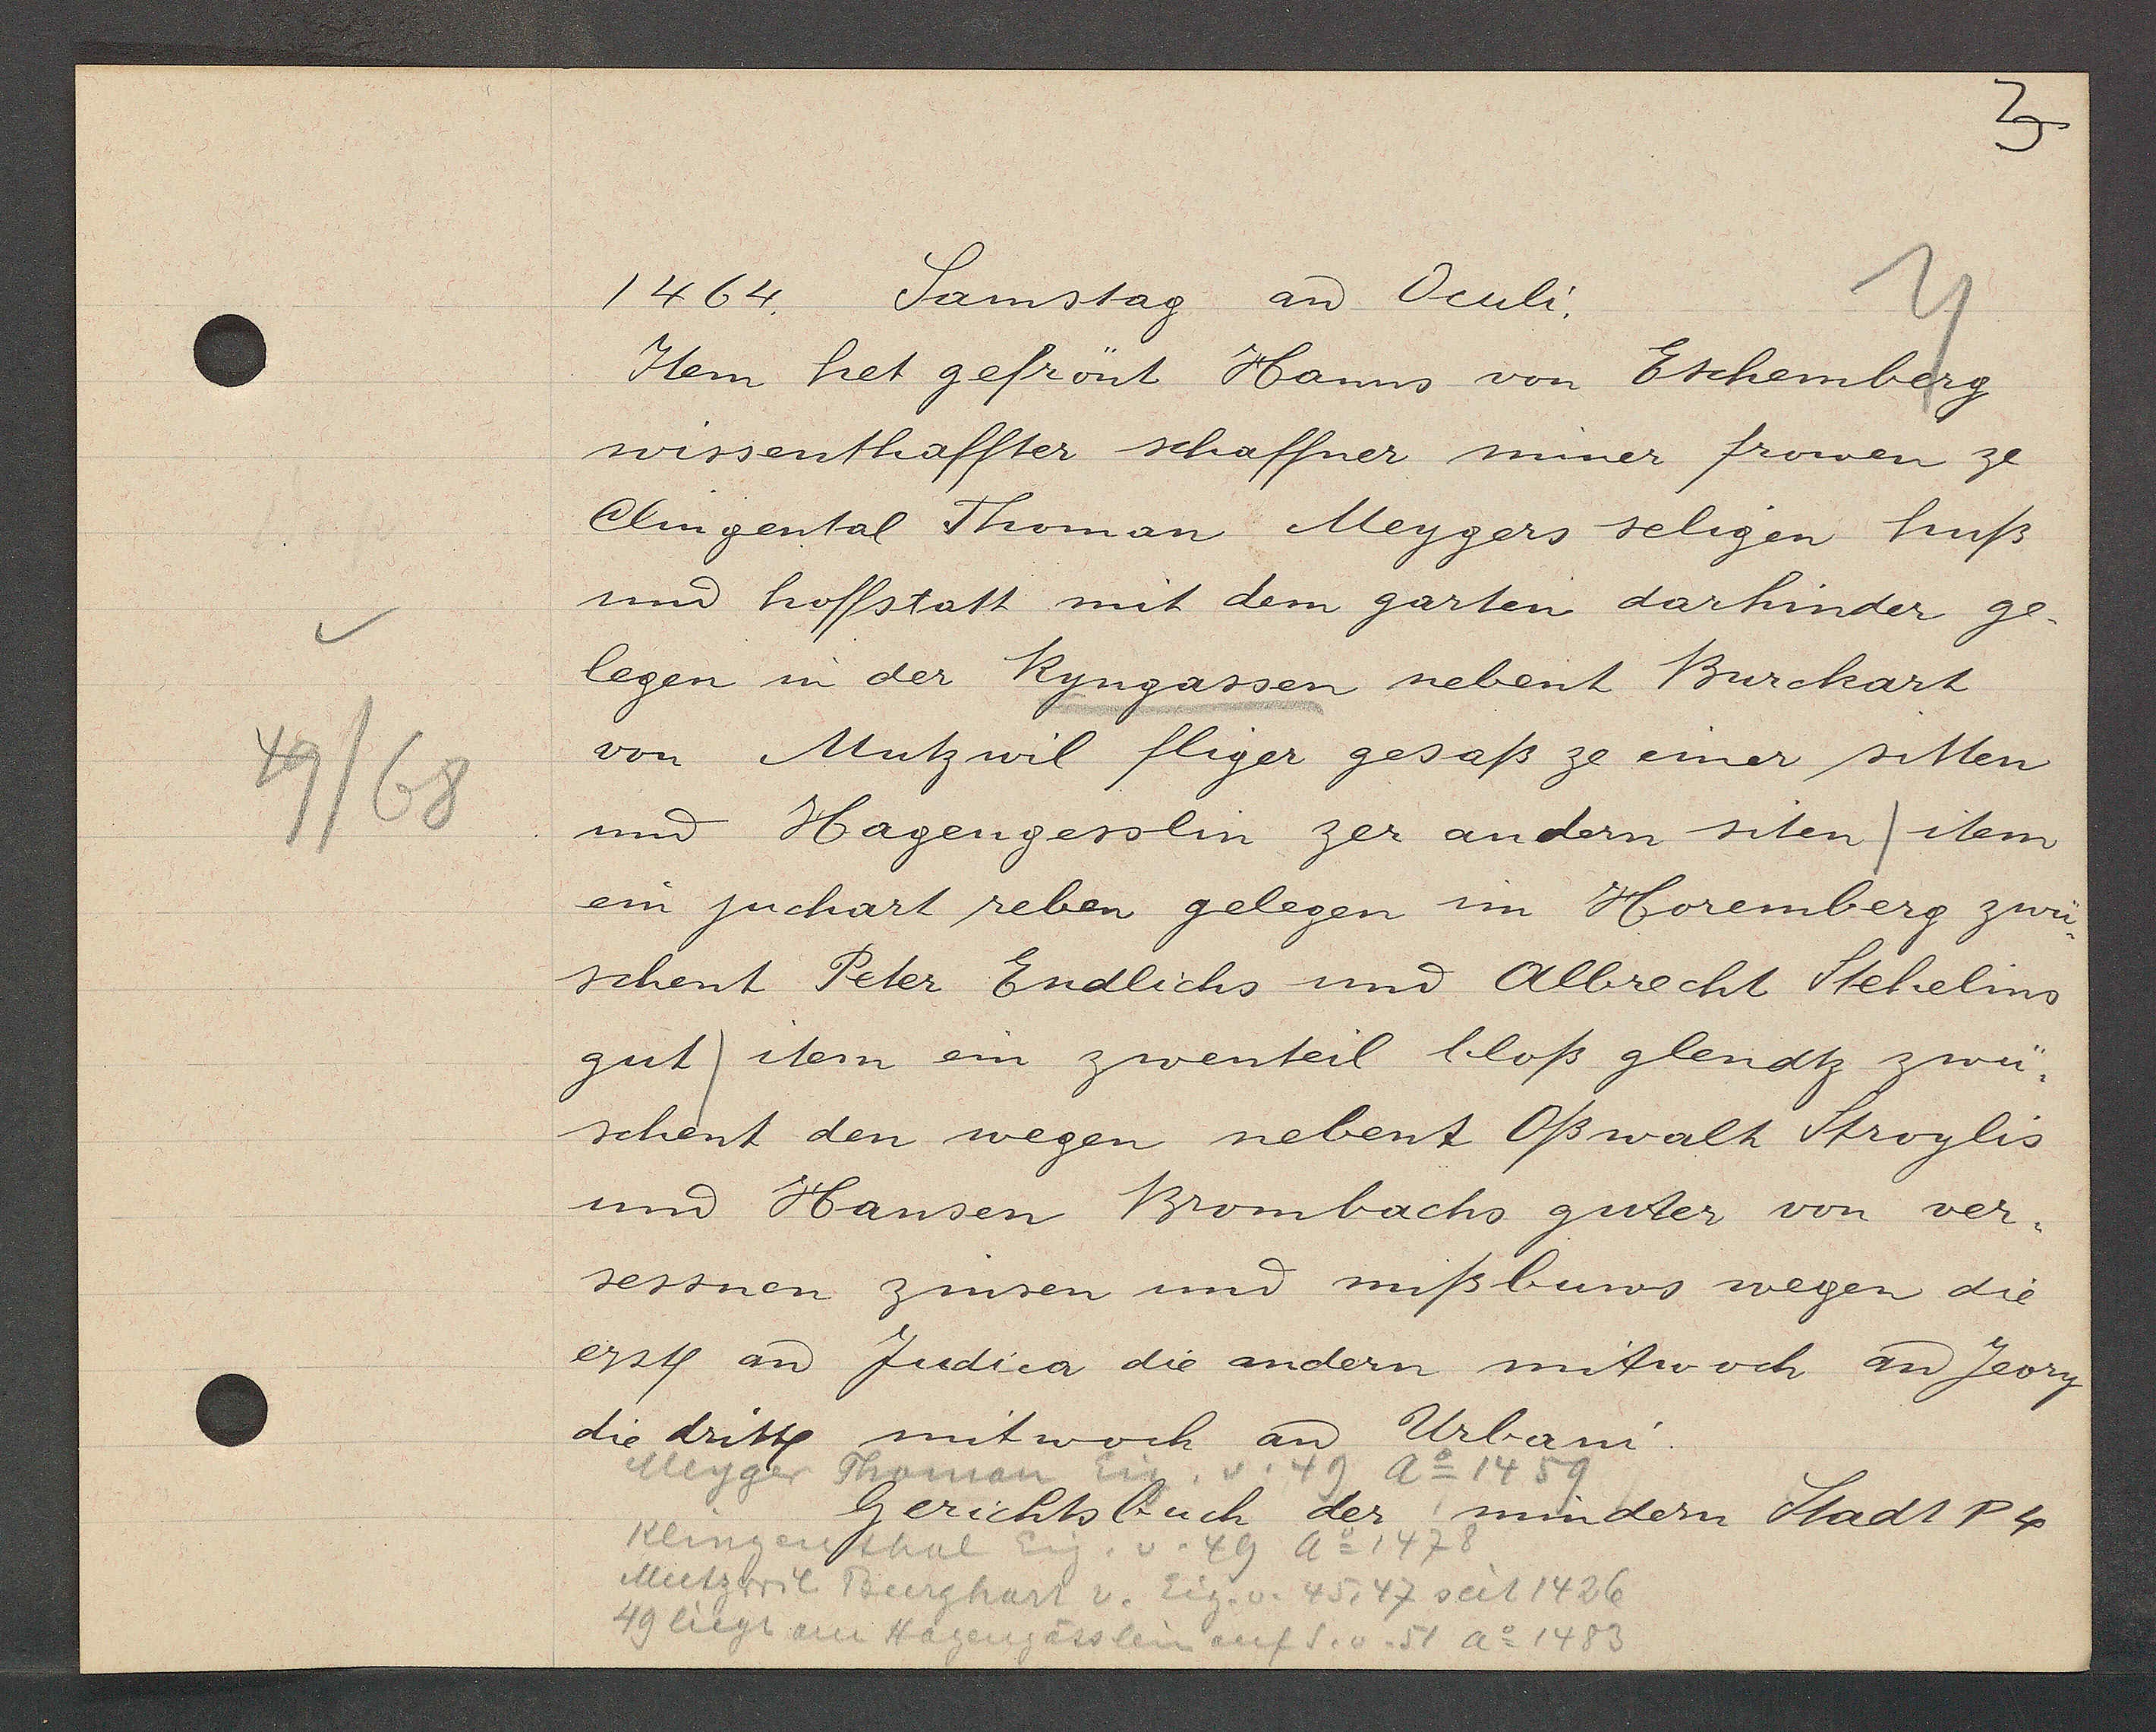
Transcript:
49/68

1464. Samstag aȵ Oculi.

Item het gefrönt Hanns von Eschemberg
wissenthaffter schaffner miner frowen ze
Clingental Thoman Meygers seligen huß
und hoffstatt mit dem garten darhinder ge-
legen in der Ryngassen nebent Burckart
von Mutzwil fliger gesaß ze einer sitten
und Hagengesslin zer andern siten /item
ein juchart reben gelegen im Horemberg zwü-
schent Peter Endlichs und Albrecht Stehelins
gut item ein zwenteil bloß glendtz zwü
schent den wegen nebent Oßwalt Stroylis
und Hansen Brombachs guter von ver¬
sessnen zinsen und mißbuws wegen die
erst. aȵ Judica die andern mitwoch aȵ jeory
die dritte mitwoch aȵ Urbani.

Meyger Thoman Eig. v. 49
Ao 1459

Gerichtsbuch der mindern Stadt P4

Klingenthal
Eig.
v. 49 Ao 1478
Mutzwil Burghart v. Eig. v. 45, 47 seit 1426
49 liegt am Hagengässlein auf S.v. 51 Ao 1483